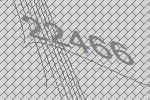
22466